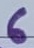
Text: 6